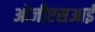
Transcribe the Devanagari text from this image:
ओजीएसआई